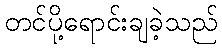
တင်ပို့ရောင်းချခဲ့သည်